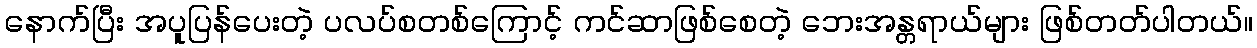
နောက်ပြီး အပူပြန်ပေးတဲ့ ပလပ်စတစ်ကြောင့် ကင်ဆာဖြစ်စေတဲ့ ဘေးအန္တရာယ်များ ဖြစ်တတ်ပါတယ်။